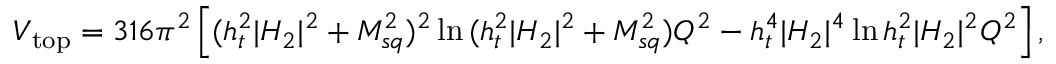
V _ { \mathrm { t o p } } = { 3 \o 1 6 \pi ^ { 2 } } \left[ ( h _ { t } ^ { 2 } | H _ { 2 } | ^ { 2 } + M _ { s q } ^ { 2 } ) ^ { 2 } \ln { { ( h _ { t } ^ { 2 } | H _ { 2 } | ^ { 2 } + M _ { s q } ^ { 2 } ) \o Q ^ { 2 } } } - h _ { t } ^ { 4 } | H _ { 2 } | ^ { 4 } \ln { { h _ { t } ^ { 2 } | H _ { 2 } | ^ { 2 } \o Q ^ { 2 } } } \right] ,